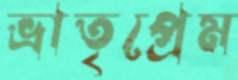
ভ্রাতৃপ্রেম